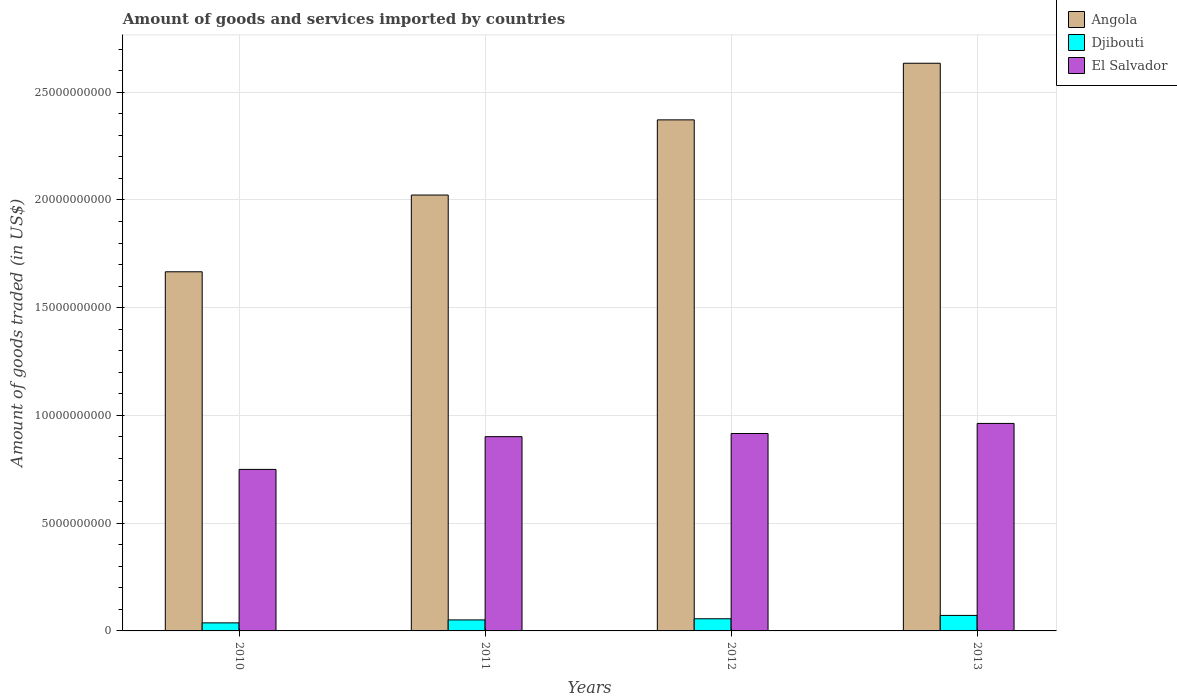
| Years | Angola | Djibouti | El Salvador |
 | --- | --- | --- | --- |
 | 2010 | 1.67e+10 | 3.74e+08 | 7.5e+09 |
 | 2011 | 2.02e+10 | 5.11e+08 | 9.01e+09 |
 | 2012 | 2.37e+10 | 5.64e+08 | 9.16e+09 |
 | 2013 | 2.63e+10 | 7.19e+08 | 9.63e+09 |